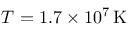
T = 1 . 7 \times 1 0 ^ { 7 } \, \mathrm { K }